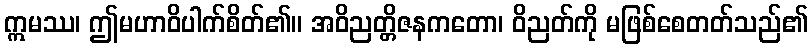
ဣမဿ၊ ဤမဟာဝိပါက်စိတ်၏။ အဝိညတ္တိဇနကတော၊ ဝိညတ်ကို မဖြစ်စေတတ်သည်၏